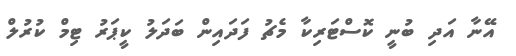
އޭނާ އަދި ބުނީ ކޮސްޓަރިކާ މެޗު ފަދައިން ބަދަލު ކީޕަރު ޓިމް ކުރުލް